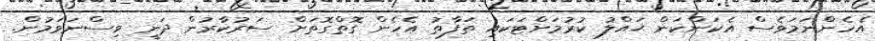
އެހެންނަމަވެސް އެކަންކަން ޙައްލު ކުރުމަށްޓަކައި ތަފާތު އެހެން ގޮތްގޮތަށް ސަރުކާރުން ދަނީ ވިސްނަވަމުން.